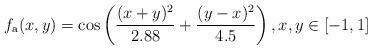
LaTeX: \begin{align*}f_{\mathrm{a}}(x, y) = \cos\left(\frac{(x+y)^2}{2.88} + \frac{(y-x)^2}{4.5}\right), x, y \in [-1, 1]\end{align*}